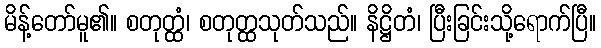
မိန့်တော်မူ၏။ စတုတ္ထံ၊ စတုတ္ထသုတ်သည်။ နိဋ္ဌိတံ၊ ပြီးခြင်းသို့ရောက်ပြီ။